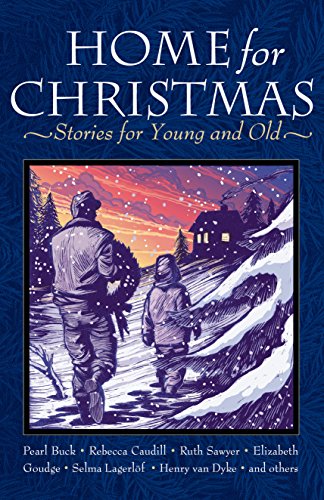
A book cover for Home for Christmas: Stories for Young and Old; Henry Van Dyke; Literature & Fiction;